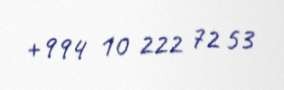
+994 10 222 72 53